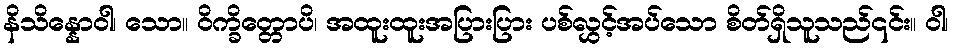
နိသိန္နောဝါ၊ သော။ ဝိက္ခိတ္တောပိ၊ အထူးထူးအပြားပြား ပစ်လွှင့်အပ်သော စိတ်ရှိသူသည်၎င်း။ ဝါ၊